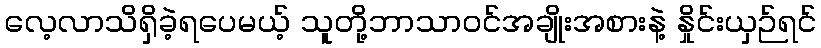
လေ့လာသိရှိခဲ့ရပေမယ့် သူတို့ဘာသာဝင်အချိုးအစားနဲ့ နှိုင်းယှဉ်ရင်